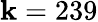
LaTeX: \mathbf{k}=239